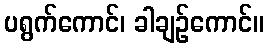
ပရွက်ကောင်၊ ခါချဉ်ကောင်။